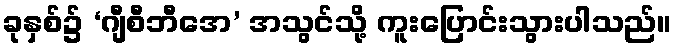
ခုနှစ်၌ ‘ဂျီစီဘီအေ’ အသွင်သို့ ကူးပြောင်းသွားပါသည်။